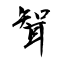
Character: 聟